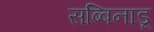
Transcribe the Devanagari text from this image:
सब्बिनाडू